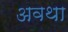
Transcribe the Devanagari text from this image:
अवथा